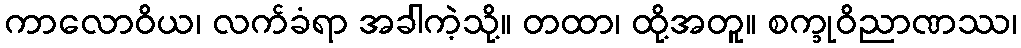
ကာလောဝိယ၊ လက်ခံရာ အခါကဲ့သို့။ တထာ၊ ထို့အတူ။ စက္ခုဝိညာဏဿ၊